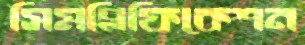
সিমপ্লিফিকেশন